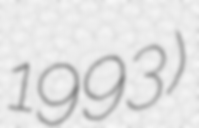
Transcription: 1993)